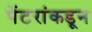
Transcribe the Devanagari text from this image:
पेंटरांकडून